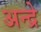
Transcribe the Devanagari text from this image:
अन्द्रे